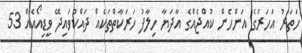
ހަތަރު އަހަރުގެ އަންހެން ކުއްޖެއްގެ އާދަޔާ ހިލާފު ހަރަކާތްތަކެއް ދައްކުވައިދޭ ވީޑިއޯއެއް 53